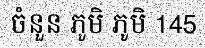
ចំនួន ភូមិ ភូមិ 145